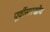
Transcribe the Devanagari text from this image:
पूर्वीसारखीच